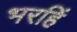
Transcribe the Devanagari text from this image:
भरहिं